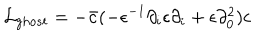
LaTeX: { \cal L } _ { g h o s t } = - \bar { c } ( - \epsilon ^ { - 1 } \partial _ { i } \epsilon \partial _ { i } + \epsilon \partial _ { 0 } ^ { 2 } ) c \nonumber